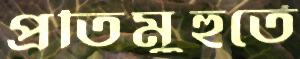
প্রতিমুহুর্তে